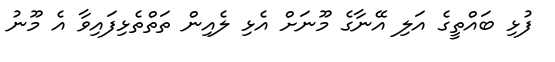
ފުޅި ބައްތީގެ އަލި އޭނާގެ މޫނަށް އެޅި ލެއިން ތަތްތެޅިފައިވާ އެ މޫނު